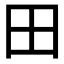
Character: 田